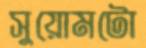
সুয়োমটো